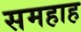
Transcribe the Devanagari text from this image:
समहाह